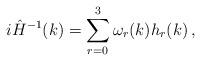
LaTeX: \begin{align*}i \hat H^{-1}(k) = \sum_{r=0}^3 \omega_r(k) h_r(k) \, ,\end{align*}